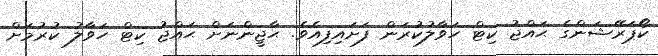
ކޯޕަރޭޝަންގެ ޙައްޖު ކިޓް ހަވާލުކުރަން ފަށައިފިއެވެ. ޙާޖީންނަށް ޙައްޖު ކިޓް ހަވާލު ކުރުމަށް